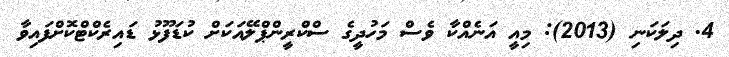
4. ދިލަކަނި (2013): މިއީ އަނެއްކާ ވެސް މަހުދީގެ ސްކްރީންޕްލޭއަކަށް ކުޑަފޫޅު ޑައިރެކްޓްކޮށްފައިވާ